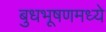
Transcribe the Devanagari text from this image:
बुधभूषणमध्ये